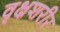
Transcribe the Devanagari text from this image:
वृक्षशरीर